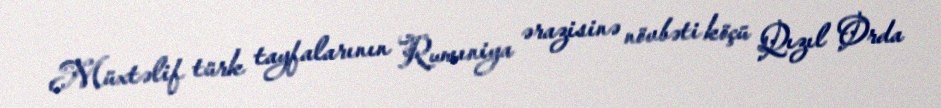
Müxtəlif türk tayfalarının Rumıniya ərazisinə növbəti köçü Qızıl Orda